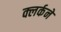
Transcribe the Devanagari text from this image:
क्लर्कने